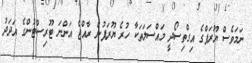
ނަމަވެސް ޔޫރަޕްގެ އިގްތިސޯދީ މައްސަލަތަކާ ހުރެ ޔޫރަޕުން ރާއްޖެ އަންނަ ޓޫރިސްޓުންގެ އަދަދު